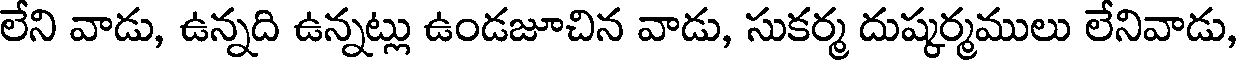
లేని వాడు, ఉన్నది ఉన్నట్లు ఉండజూచిన వాడు, సుకర్మ దుష్కర్మములు లేనివాడు,